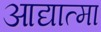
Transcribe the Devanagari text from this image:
आद्यात्मा